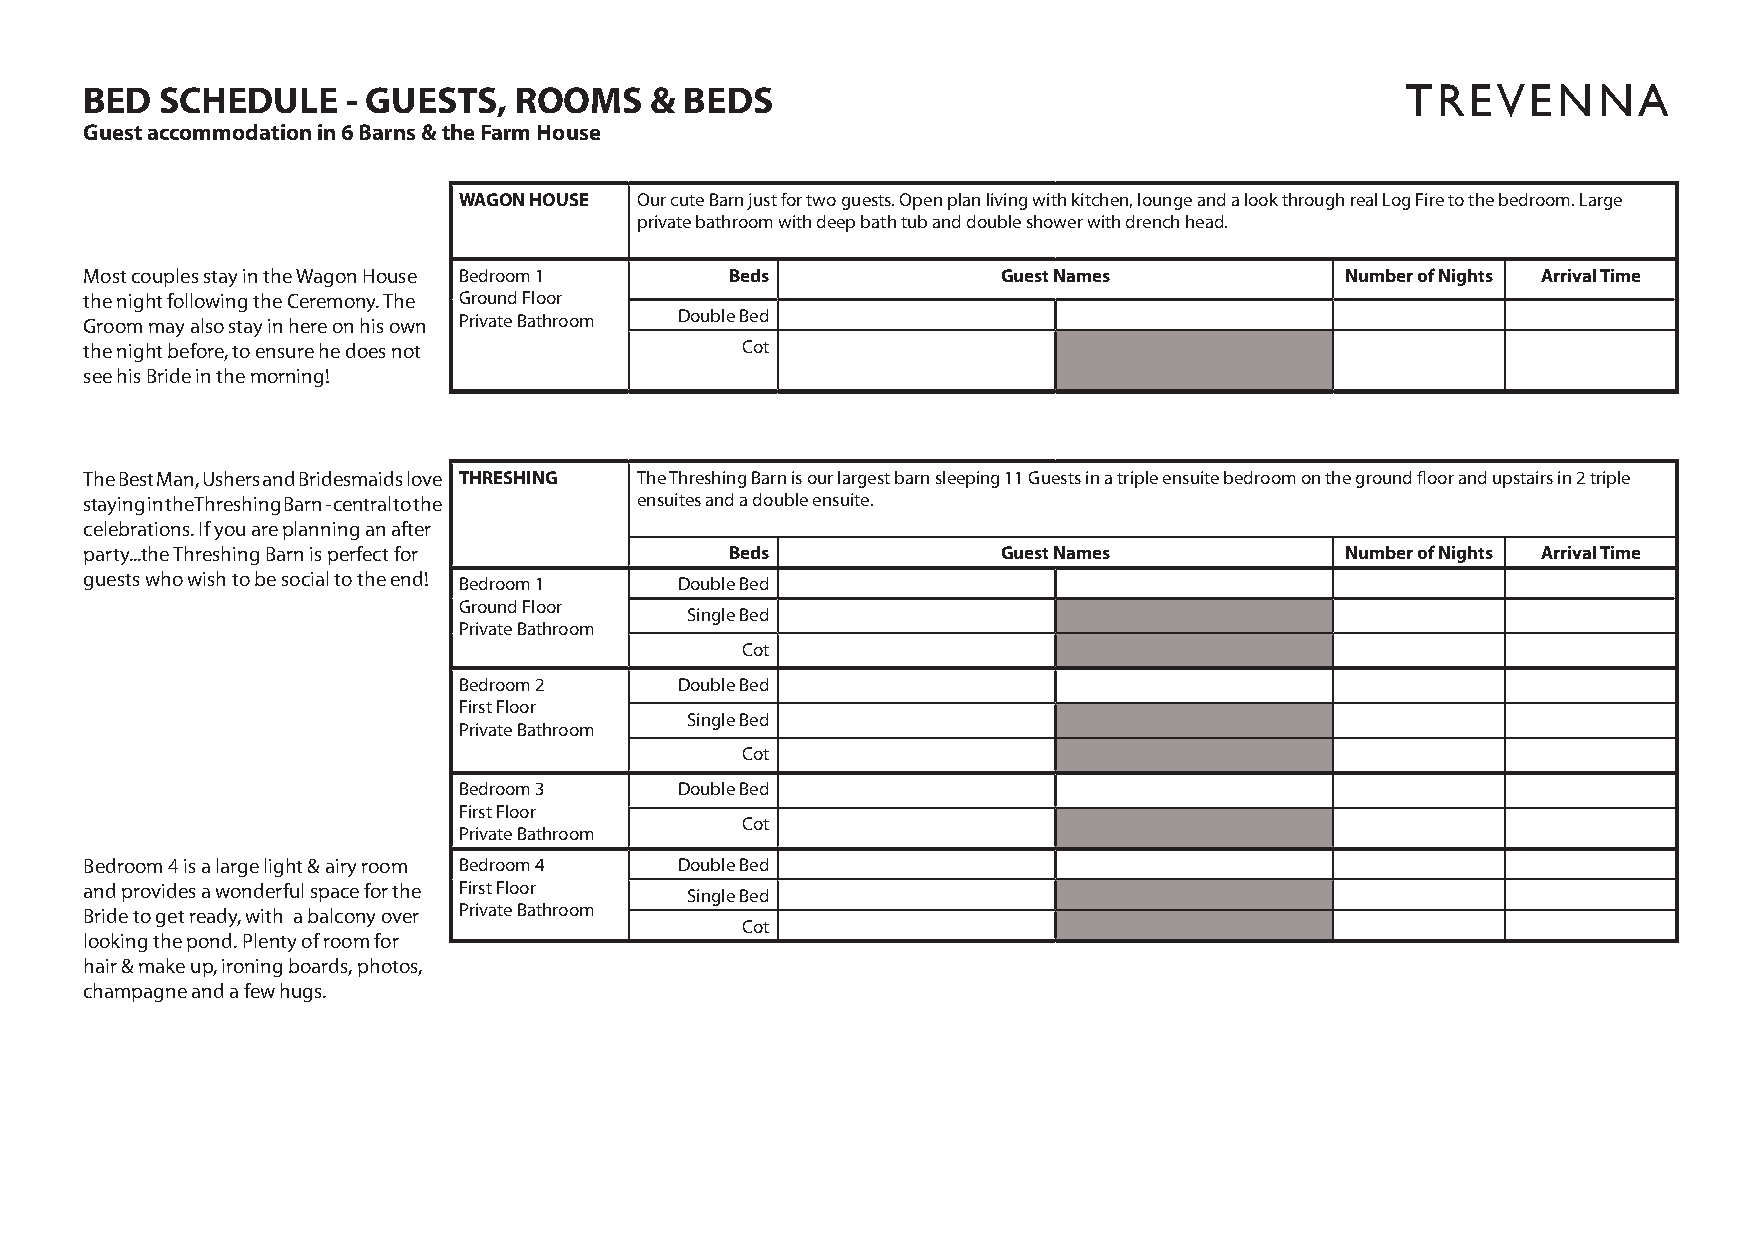
BED  SCHEDULE    - GUESTS,  ROOMS    & BEDS                                            TREVENNA
 Guest accommodation in 6 Barns & the Farm House
 WAGON HOUSE Our cute Barn just for two guests. Open plan living with kitchen, lounge and a look through real Log Fire to the bedroom. Large
 private bathroom with deep bath tub and double shower with drench head.
 Most couples stay in the Wagon House Bedroom 1 Beds         Guest Names            Number of Nights Arrival Time
 the night following the Ceremony. The Ground Floor
 Groom may also stay in here on his own Private Bathroom Double Bed
 the night before, to ensure he does not    Cot
 see his Bride in the morning!
 The Best Man, Ushers and Bridesmaids love THRESHING The Threshing Barn is our largest barn sleeping 11 Guests in a triple ensuite bedroom on the ground floor and upstairs in 2 triple
 staying in the Threshing Barn - central to the ensuites and a double ensuite.
 celebrations. If you are planning an after
 party...the Threshing Barn is perfect for Beds              Guest Names            Number of Nights Arrival Time
 guests who wish to be social to the end! Bedroom 1 Double Bed
 Ground Floor
 Single Bed
 Private Bathroom
 Cot
 Bedroom 2      Double Bed
 First Floor
 Single Bed
 Private Bathroom
 Cot
 Bedroom 3      Double Bed
 First Floor
 Cot
 Private Bathroom
 Bedroom 4 is a large light & airy room Bedroom 4 Double Bed
 and provides a wonderful space for the First Floor Single Bed
 Bride to get ready, with a balcony over Private Bathroom
 Cot
 looking the pond. Plenty of room for
 hair & make up, ironing boards, photos,
 champagne and a few hugs.